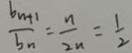
\frac { b _ { n + 1 } } { b _ { n } } = \frac { n } { 2 n } = \frac { 1 } { 2 }